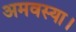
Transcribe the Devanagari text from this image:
अमवस्या।